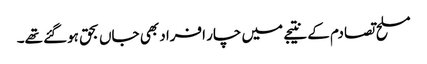
مسلح تصادم کے نتیجے میں چار افراد بھی جاں بحق ہوگئے تھے۔